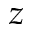
z